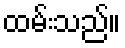
ထမ်းသည်။